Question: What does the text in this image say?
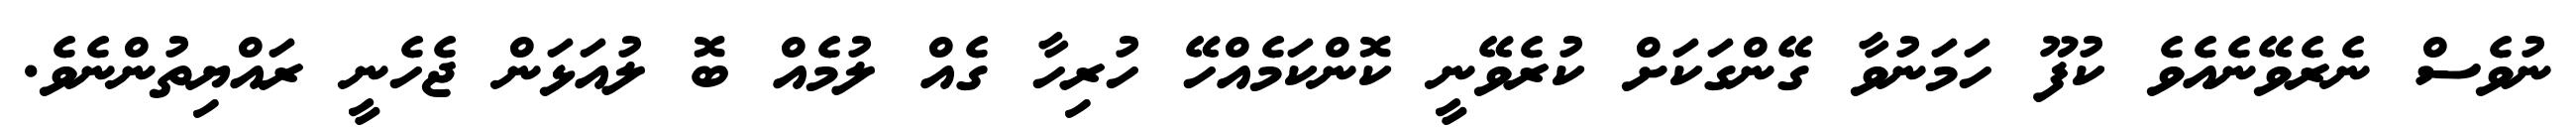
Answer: ނުވެސް ނެރެވޭނެއެވެ ކުފޫ ހަމަނުވާ ގޭންގަކަށް ކުރެވޭނީ ކޮންކަމެއްހޭ ހުރިހާ ގެއް ލުމެއް ބޮ ލުއަޅަން ޖެހެނީ ރައްޔިތުންނެވެ.